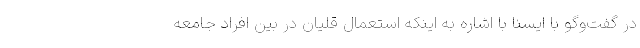
در گفت‌وگو با ایسنا با اشاره به اینکه استعمال قلیان در بین افراد جامعه